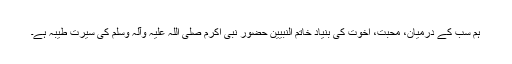
ہم سب کے درمیان، محبت، اخوت کی بنیاد خاتم النبیین حضور نبی اکرم صلی اللہ علیہ وآلہ وسلم کی سیرت طیبہ ہے۔